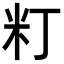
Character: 𥸧